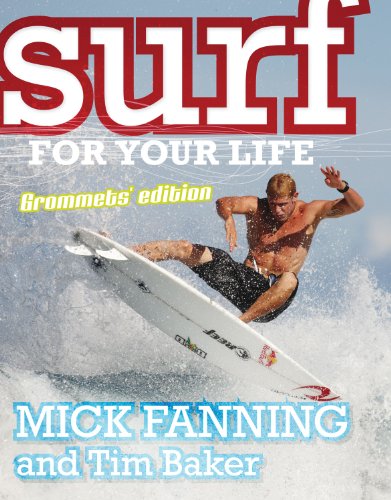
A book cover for Surf for Your Life: Grommets' Edition; Tim Baker; Teen & Young Adult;